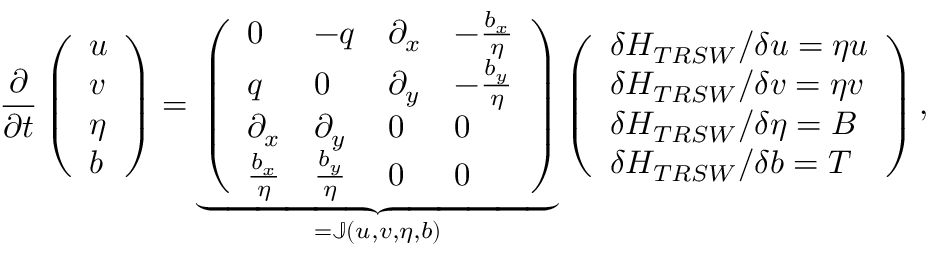
\frac { \partial } { \partial t } \left( \begin{array} { l } { u } \\ { v } \\ { \eta } \\ { b } \end{array} \right) = \underbrace { \left( \begin{array} { l l l l } { 0 } & { - q } & { \partial _ { x } } & { - \frac { b _ { x } } { \eta } } \\ { q } & { 0 } & { \partial _ { y } } & { - \frac { b _ { y } } { \eta } } \\ { \partial _ { x } } & { \partial _ { y } } & { 0 } & { 0 } \\ { \frac { b _ { x } } { \eta } } & { \frac { b _ { y } } { \eta } } & { 0 } & { 0 } \end{array} \right) } _ { = \mathbb { J } ( u , v , \eta , b ) } \left( \begin{array} { l } { \delta H _ { T R S W } / \delta u = \eta u } \\ { \delta H _ { T R S W } / \delta v = \eta v } \\ { \delta H _ { T R S W } / \delta \eta = B } \\ { \delta H _ { T R S W } / \delta b = T } \end{array} \right) ,